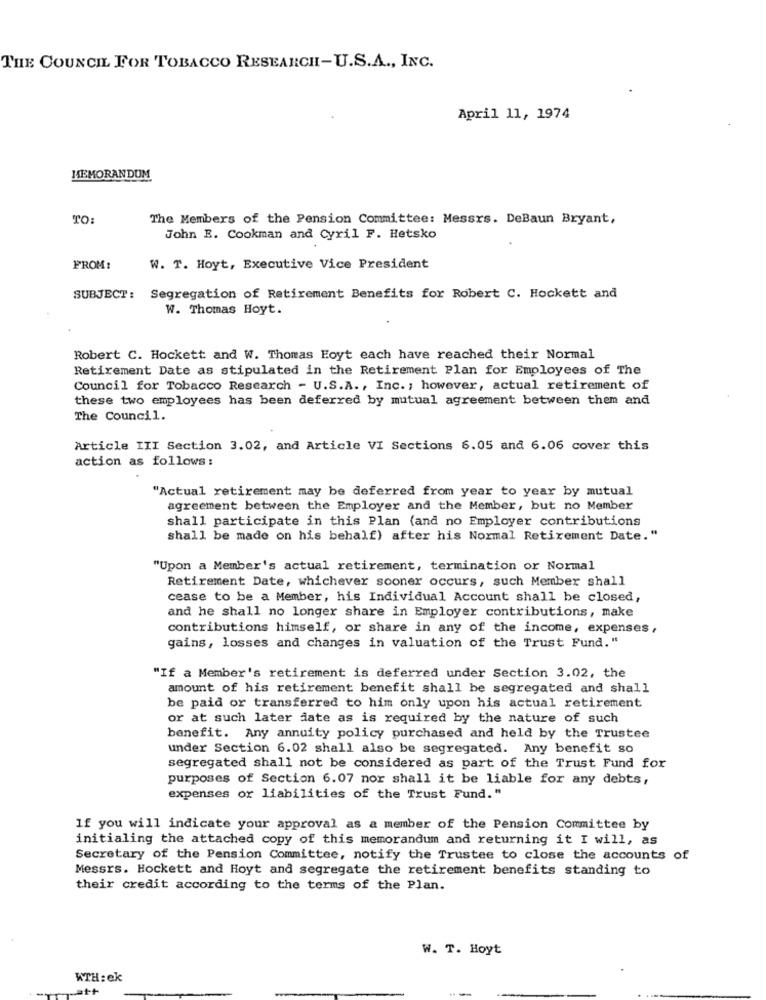
THE COUNCIL FOR TOBACCO RESEARCH-U.S.A ., INC.
April 11, 1974
MEMORANDUM
TO:
The Members of the Pension Committee: Messrs. DeBaun Bryant,
John E. Cookman and Cyril F. Hetsko
FROM:
W. T. Hoyt, Executive Vice President
SUBJECT:
Segregation of Retirement Benefits for Robert C. Hockett and
W. Thomas Hoyt.
Robert C. Hockett and W. Thomas Foyt each have reached their Normal
Retirement Date as stipulated in the Retirement Plan for Employees of The
Council for Tobacco Research - U.S.A ., Inc. , however, actual retirement of
these two employees has been deferred by mutual agreement between them and
The Council.
Article III Section 3.02, and Article VI Sections 6.05 and 6.06 cover this
action as follows :
"Actual retirement may be deferred from year to year by mutual
agreement between the Employer and the Member, but no Member
shall participate in this Plan (and no Employer contributions
shall be made on his behalf) after his Normal Retirement Date."
"Upon a Member's actual retirement, termination or Normal
Retirement Date, whichever sooner occurs, such Member shall
cease to be a Member, his Individual Account shall be closed,
and he shall no longer share in Employer contributions, make
contributions himself, or share in any of the income, expenses,
gains, losses and changes in valuation of the Trust Fund."
"If a Member's retirement is deferred under Section 3.02, the
amount of his retirement benefit shall be segregated and shall
be paid or transferred to him only upon his actual retirement
or at such later date as is required by the nature of such
benefit. Any annuity policy purchased and held by the Trustee
under Section 6.02 shall also be segregated. Any benefit so
segregated shall not be considered as part of the Trust Fund for
purposes of Section 6.07 nor shall it be liable for any debts,
expenses or liabilities of the Trust Fund."
If you will indicate your approval as a member of the Pension Committee by
initialing the attached copy of this memorandum and returning it I will, as
Secretary of the Pension Committee, notify the Trustee to close the accounts of
Messrs. Hockett and Hoyt and segregate the retirement benefits standing to
their credit according to the terms of the Plan.
W. T. Hoyt
KTH:ek
a++